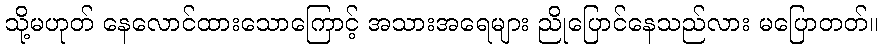
သို့မဟုတ် နေလောင်ထားသောကြောင့် အသားအရေများ ညိုပြောင်နေသည်လား မပြောတတ်။